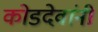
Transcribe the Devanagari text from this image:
कोडदेवांनी